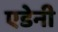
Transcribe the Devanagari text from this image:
एडेनी